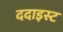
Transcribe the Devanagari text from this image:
ददाइस्ट